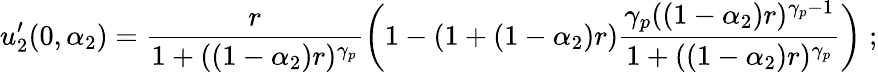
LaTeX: u_{2}^{\prime}(0,\alpha_{2})=\frac{r}{1+((1-\alpha_{2})r)^{\gamma_{p}}}\left(1-(1+(1-\alpha_{2})r)\frac{\gamma_{p}((1-\alpha_{2})r)^{\gamma_{p}-1}}{1+((1-\alpha_{2})r)^{\gamma_{p}}}\right)\; ;